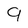
Character: 9